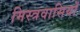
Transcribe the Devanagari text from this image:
मिस्त्रवासियों